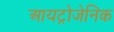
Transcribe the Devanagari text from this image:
आयट्रोजेनिक